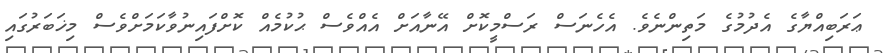
ޢަރަބިއްޔާގެ އެދުމުގެ މަތިންނެވެ. އެހެނަސް ރަސްމީކޮށް އޭނާއަށް އެއްވެސް ޙުކުމެއް ކޮށްފައިނުވާކަމަށްވެސް މިޚަބަރުގައި